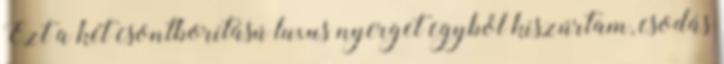
Ezt a két csontborítású luxus nyerget egyből kiszúrtam, csodás